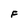
Character: F